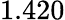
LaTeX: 1.420